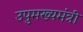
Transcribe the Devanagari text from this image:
उपुमख्यमंत्री